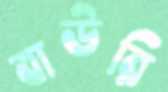
বাউরি